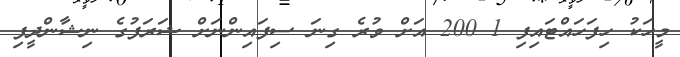
މީހަކު ހިފަހައްޓައިފި 1 200 އަށް ވުރެ ގިނަ ސިފައިންނަށް ޝަރަފުގެ ނިޝާންދީފި